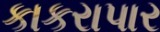
કાકરાપાર